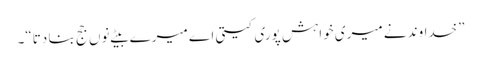
”خداوند نے میری خواہش پوری کیتی اے میرے بیٹے نوں جج بنا دِتا“۔